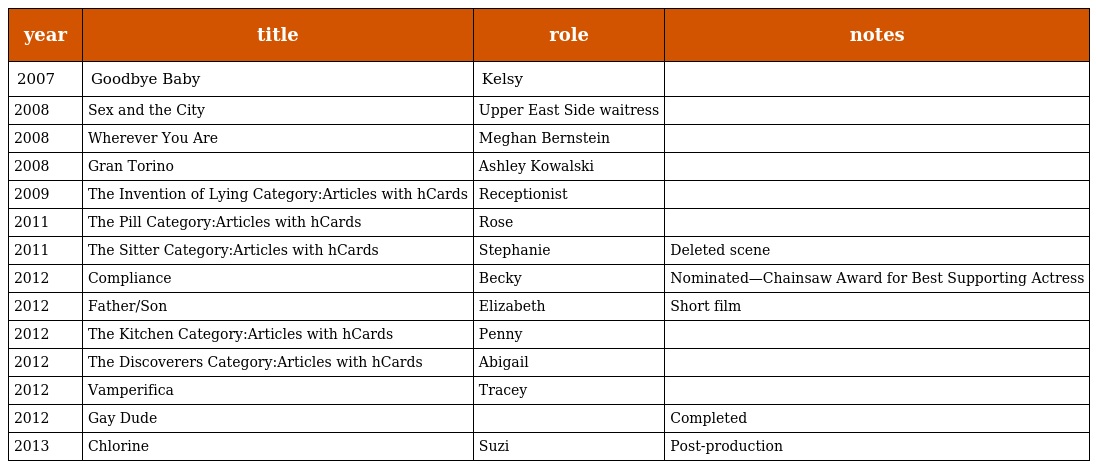
| year | title | role | notes |
 | --- | --- | --- | --- |
 | 2007 | Goodbye Baby | Kelsy |  |
 | 2008 | Sex and the City | Upper East Side waitress |  |
 | 2008 | Wherever You Are | Meghan Bernstein |  |
 | 2008 | Gran Torino | Ashley Kowalski |  |
 | 2009 | The Invention of Lying Category:Articles with hCards | Receptionist |  |
 | 2011 | The Pill Category:Articles with hCards | Rose |  |
 | 2011 | The Sitter Category:Articles with hCards | Stephanie | Deleted scene |
 | 2012 | Compliance | Becky | Nominated—Chainsaw Award for Best Supporting Actress |
 | 2012 | Father/Son | Elizabeth | Short film |
 | 2012 | The Kitchen Category:Articles with hCards | Penny |  |
 | 2012 | The Discoverers Category:Articles with hCards | Abigail |  |
 | 2012 | Vamperifica | Tracey |  |
 | 2012 | Gay Dude |  | Completed |
 | 2013 | Chlorine | Suzi | Post-production |